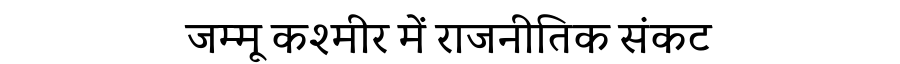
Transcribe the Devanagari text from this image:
जम्मू कश्मीर में राजनीतिक संकट